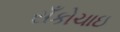
સઁકોચાઇ